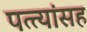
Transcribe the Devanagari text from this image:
पत्त्यांसह